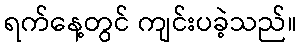
ရက်နေ့တွင် ကျင်းပခဲ့သည်။